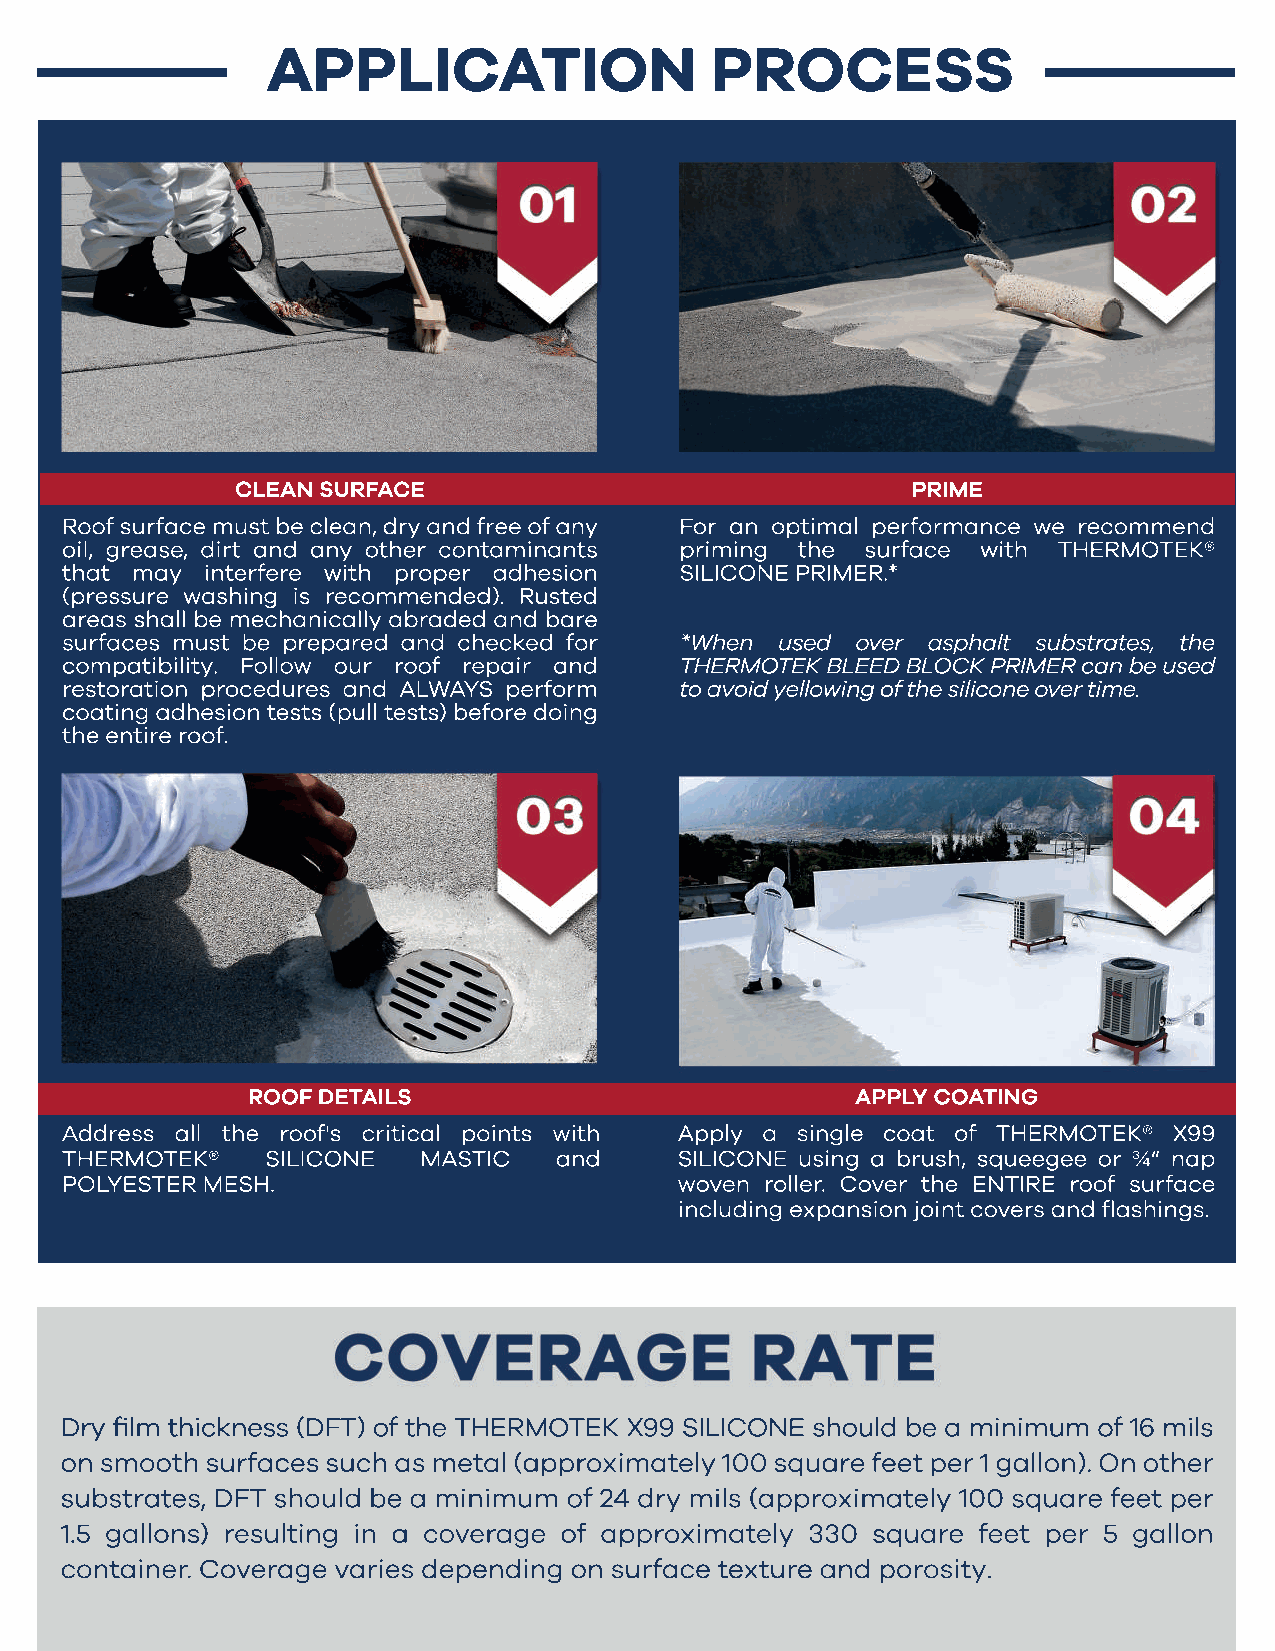
APPLICATION                  PROCESS
 CLEAN SURFACE                               PRIME
 Roof surface must be clean, dry and free of any For an optimal performance we recommend
 oil, grease, dirt and any other contaminants priming the surface with THERMOTEK®
 that may  interfere with proper adhesion SILICONE PRIMER.*
 (pressure washing is recommended). Rusted
 areas shall be mechanically abraded and bare
 surfaces must be prepared and checked for *When used over asphalt substrates, the
 compatibility. Follow our roof repair and THERMOTEK BLEED BLOCK PRIMER can be used
 rreesstoration procedures and ALWAYS perform to avoid yellowing of the silicone over time.
 coating adhesion tests (pull tests) before doing
 the entire roof.
 ROOF DETAILS                             APPLY COATING
 Address all the roof's critical points with Apply a single coat of THERMOTEK® X99
 THERMOTEK®    SILICONE  MASTIC   and     SILICONE using a brush, squeegee or ¾“ nap
 POLYESTER MESH.                          woven roller. Cover the ENTIRE roof surface
 including expansion joint covers and flashings.
 Dry film thickness (DFT) of the THERMOTEK X99 SILICONE should be a minimum of 16 mils
 on smooth surfaces such as metal (approximately 100 square feet per 1 gallon). On other
 substrates, DFT should be a minimum of 24 dry mils (approximately 100 square feet per
 1.5 gallons) resulting in a coverage of approximately 330 square feet per 5 gallon
 container. Coverage varies depending on surface texture and porosity.